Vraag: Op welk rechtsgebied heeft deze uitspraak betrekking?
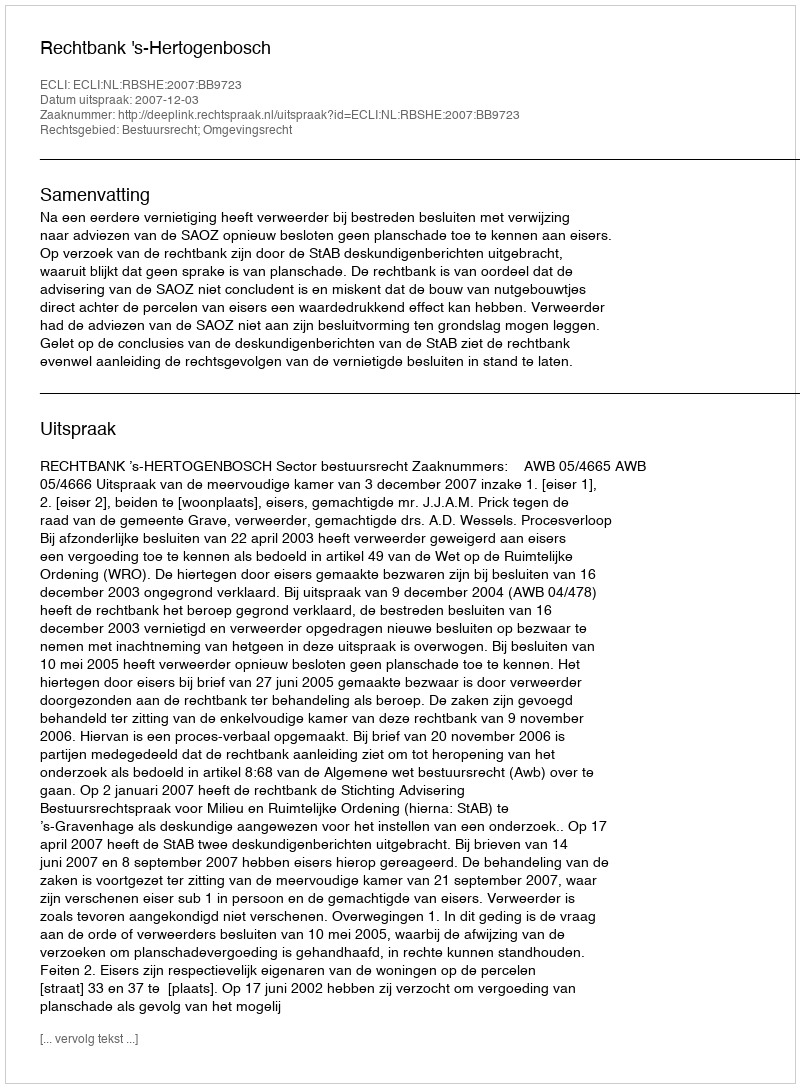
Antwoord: Bestuursrecht; Omgevingsrecht